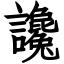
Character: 讒